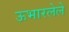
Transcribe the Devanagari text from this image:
ऊभारलेले